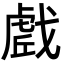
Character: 𭟼